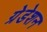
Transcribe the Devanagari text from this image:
ग्रेडेशन